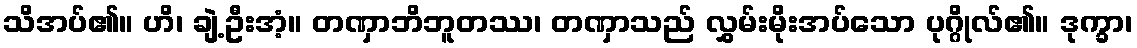
သိအပ်၏။ ဟိ၊ ချဲ့ဦးအံ့။ တဏှာဘိဘူတဿ၊ တဏှာသည် လွှမ်းမိုးအပ်သော ပုဂ္ဂိုလ်၏။ ဒုက္ခာ၊